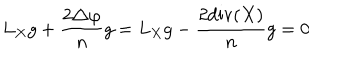
LaTeX: L _ { X } g + { \frac { 2 \triangle \varphi } { n } } g = L _ { X } g - { \frac { 2 \mathrm { d i v } ( X ) } { n } } g = 0